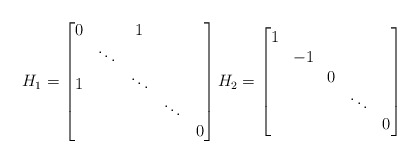
\begin{align*}H_1 = \begin{bmatrix} 0& & 1 & & \\ & \ddots & & & \\1 & & \ddots & & \\ & & & \ddots & \\ & & & & 0 \end{bmatrix} H_2 = \begin{bmatrix} 1& & & & \\ & -1 & & & \\ & & 0 & & \\ & & & \ddots & \\ & & & & 0 \end{bmatrix}\end{align*}